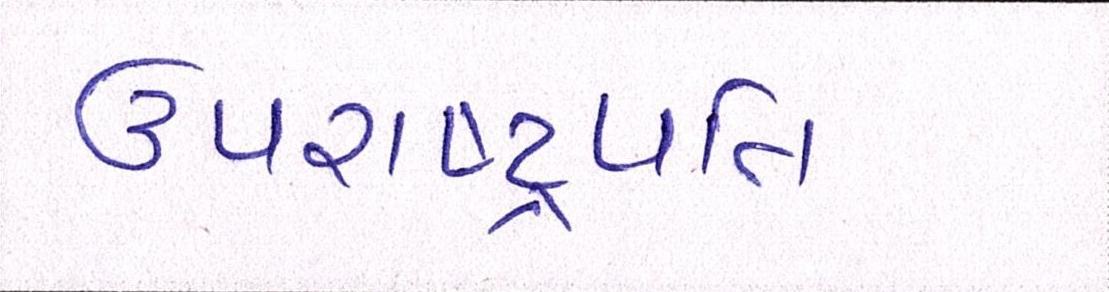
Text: ઉપરાષ્ટ્રપતિ